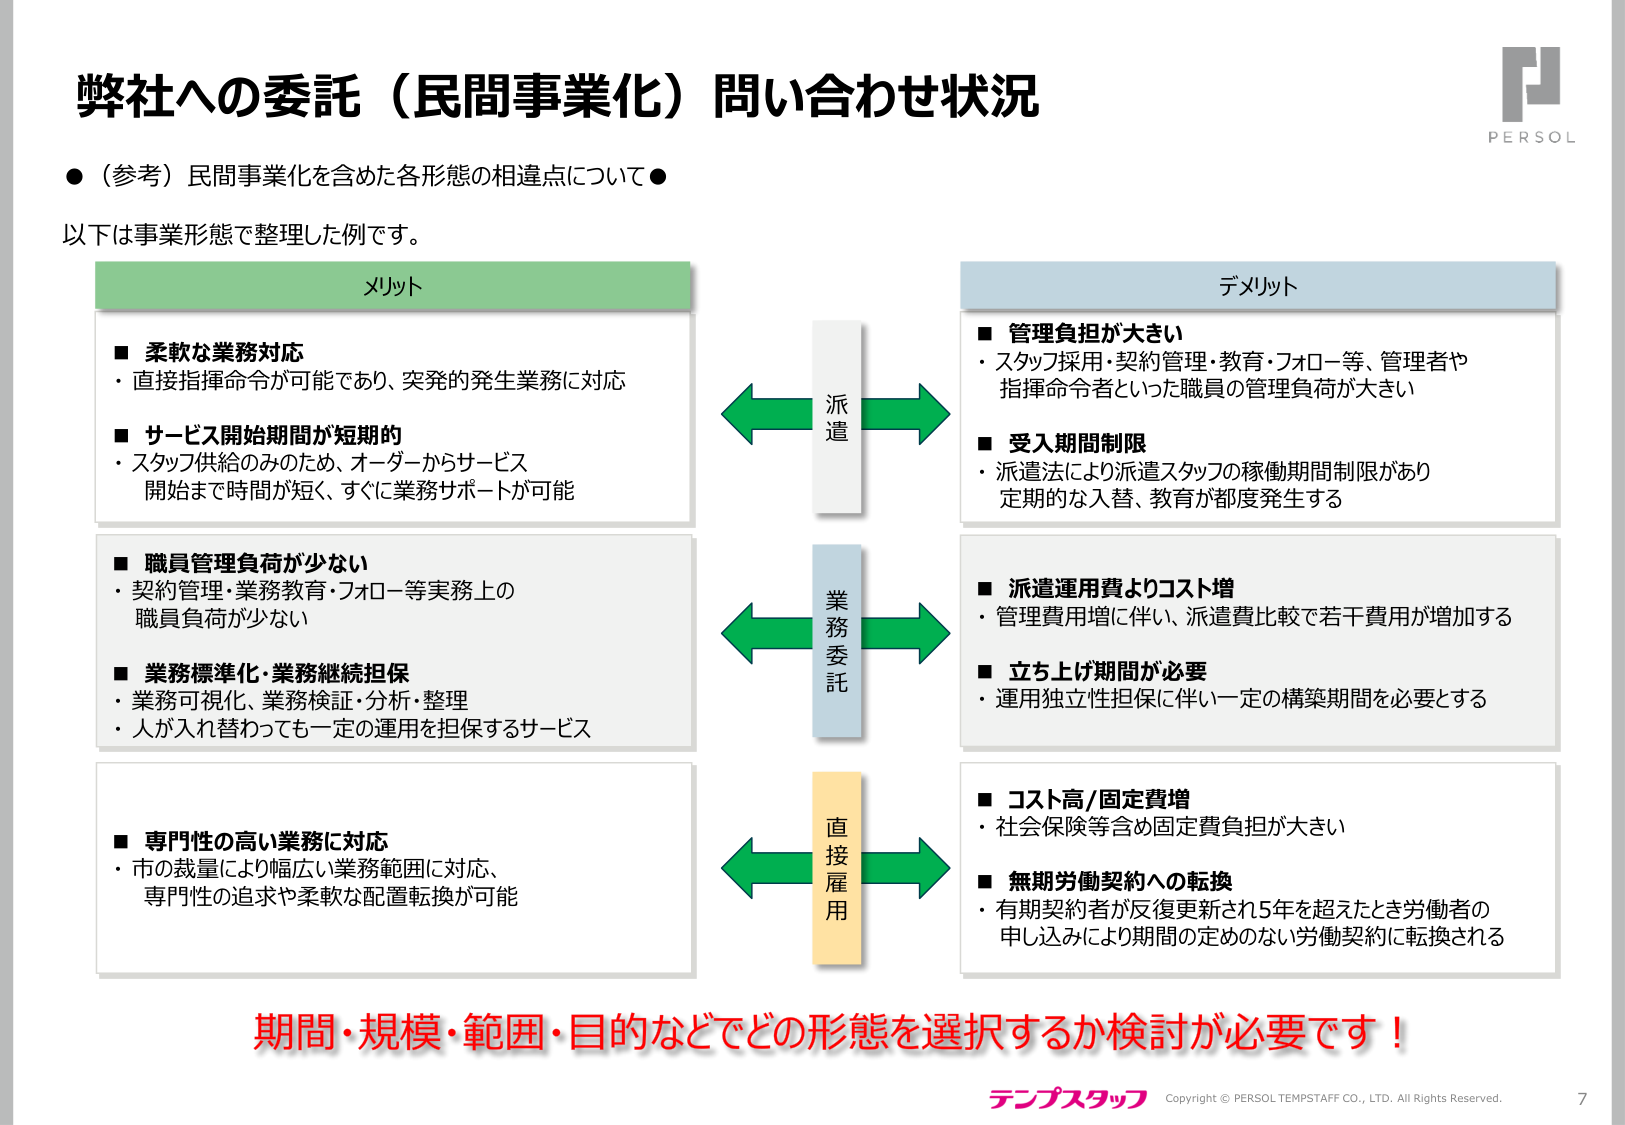
弊社への委託（民間事業化）問い合わせ状況

●（参考）民間事業化を含めた各形態の相違点について●

以下は事業形態で整理した例です。

メリット

■ 柔軟な業務対応
・直接指揮命令が可能であり、突発的発生業務に対応

■ サービス開始期間が短期的
・スタッフ供給のみのため、オーダーからサービス
開始まで時間が短く、すぐに業務サポートが可能

■ 職員管理負荷が少ない
・契約管理・業務教育・フォロー等実務上の
職員負荷が少ない

■ 業務標準化・業務継続担保
・業務可視化、業務検証・分析・整理
・人が入れ替わっても一定の運用を担保するサービス

■ 専門性の高い業務に対応
・市の裁量により幅広い業務範囲に対応、
専門性の追求や柔軟な配置転換が可能

派遣

業務委託

直接雇用

デメリット

■ 管理負担が大きい
・スタッフ採用・契約管理・教育・フォロー等、管理者や
指揮命令者といった職員の管理負荷が大きい

■ 受入期間制限
・派遣法により派遣スタッフの稼働期間制限があり
定期的な入替、教育が都度発生する

■ 派遣運用費よりコスト増
・管理費用増に伴い、派遣費比較で若干費用が増加する

■ 立ち上げ期間が必要
・運用独立性担保に伴い一定の構築期間を必要とする

■ コスト高/固定費増
・社会保険等含め固定費負担が大きい

■ 無期労働契約への転換
・有期契約者が反復更新され5年を超えたとき労働者の
申し込みにより期間の定めのない労働契約に転換される

期間・規模・範囲・目的などでどの形態を選択するか検討が必要です！

テンプスタッフ
Copyright © PERSOL TEMSTAFF CO., LTD. All Rights Reserved.
7

PERSOL